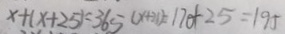
x + ( x + 2 5 ) = 3 6 5 ( x + 2 1 ) = 1 7 0 + 2 5 = 1 9 5